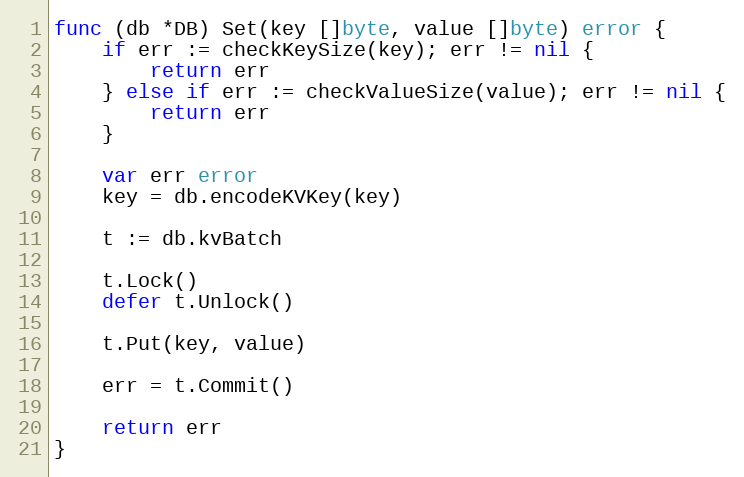
Language: Go
func (db *DB) Set(key []byte, value []byte) error {
	if err := checkKeySize(key); err != nil {
		return err
	} else if err := checkValueSize(value); err != nil {
		return err
	}

	var err error
	key = db.encodeKVKey(key)

	t := db.kvBatch

	t.Lock()
	defer t.Unlock()

	t.Put(key, value)

	err = t.Commit()

	return err
}